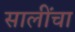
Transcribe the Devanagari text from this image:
सालींचा